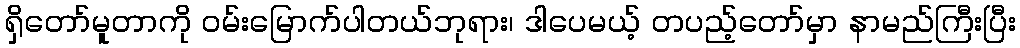
ရှိတော်မူတာကို ဝမ်းမြောက်ပါတယ်ဘုရား၊ ဒါပေမယ့် တပည့်တော်မှာ နာမည်ကြီးပြီး